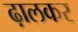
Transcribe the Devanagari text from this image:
ढ़ालकर